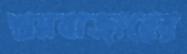
শ্রমবাজারের